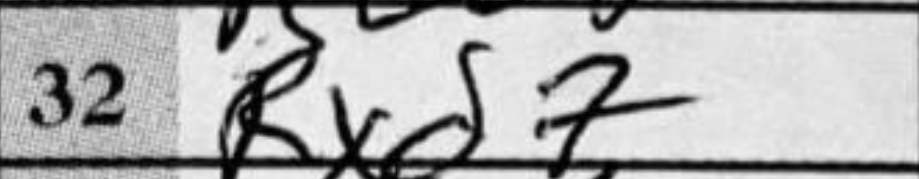
Transcription: Rxd7